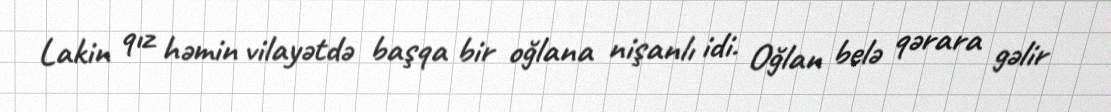
Lakin qız həmin vilayətdə başqa bir oğlana nişanlı idi. Oğlan belə qərara gəlir